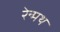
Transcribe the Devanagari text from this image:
रेन्मथ